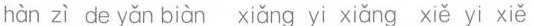
hàn zì de yǎn biàn xiǎng yi xiǎng xiě yi xiě